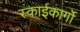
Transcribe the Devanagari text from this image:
स्काईकार्गो